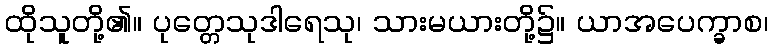
ထိုသူတို့၏။ ပုတ္တေသုဒါရေသု၊ သားမယားတို့၌။ ယာအပေက္ခာစ၊